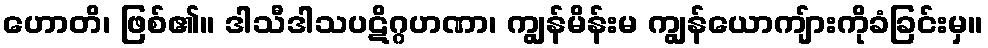
ဟောတိ၊ ဖြစ်၏။ ဒါသီဒါသပဋိဂ္ဂဟဏာ၊ ကျွန်မိန်းမ ကျွန်ယောကျ်ားကိုခံခြင်းမှ။